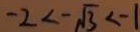
- 2 < - \sqrt { 3 } < - 1